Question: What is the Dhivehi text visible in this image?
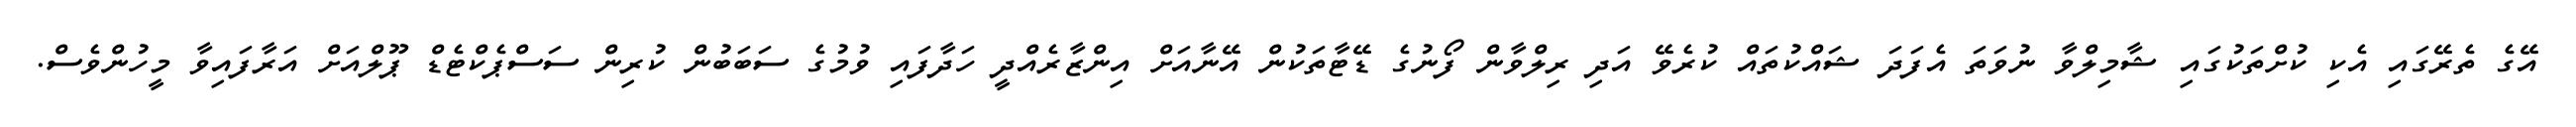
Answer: އޭގެ ތެރޭގައި އެކި ކުށްތަކުގައި ޝާމިލްވާ ނުވަތަ އެފަދަ ޝައްކުތައް ކުރެވޭ އަދި ރިލްވާން ފޯނުގެ ޑޭޓާތަކުން އޭނާއަށް އިންޒާރެއްދީ ހަދާފައި ވުމުގެ ސަބަބުން ކުރިން ސަސްޕެކްޓެޑް ޕޫލްއަށް އަރާފައިވާ މީހުންވެސް.